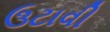
ઉટાવી